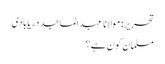
تحریر: مولانا عبد الماجد دریابادی
مسلمان کون ہے؟